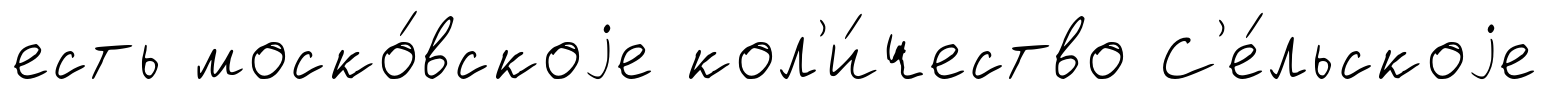
есть моско́вскоjе кол'и́чество С'е́льскоjе